Indian journal of veterinary science and animal husbandry - Volume 5,
Year: 1935
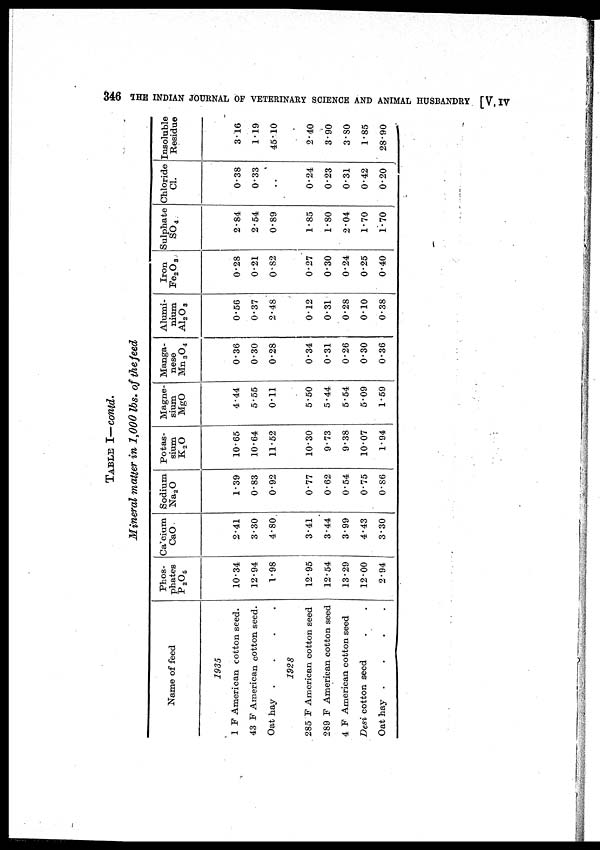
346
THE INDIAN JOURNAL OF VETERINARY SCIENCE AND ANIMAL HUSBANDRY [V, IV
TABLE I— contd.
Mineral matter in 1,000 lbs. of the feed
Name of feed
1935
1 F American cotton seed.
43 F American cotton seed.
Oat hay
.
.
.
.
1928
285 F American cotton seed
289 F American cotton seed
4 F American cotton seed
Desi cotton seed . .
Oat hay
.
.
.
.
Phos-
phates
p 2 O 5
10.34
12.94
1.98
12.95
12.54
13.29
12.00
2.94
Calcium
CaO
2.41
3.30
4.80
3.41
3.44
3.99
4.43
3.30
Sodium
Na 2 O
1.39
0.83
0.92
0.77
0.62
0.54
0.75
0.86
Potas-
sium
K 2 O
10.65
10.64
11.52
10.30
9.73
9.38
10.07
1.94
Magne-
sium
MgO
4.44
5.55
0.11
5.50
5.44
5.54
5.09
1.59
Manga-
nese
Mn 3 O 4
0.36
0.30
0.28
0.34
0.31
0.26
0.30
0.36
Alumi-
nium
Al 2 O 3
0.56
0.37
2.48
0.12
0.31
0.28
0.10
0.38
Iron
Fe 2 O 3
0.28
0.21
0.82
0.27
0.30
0.24
0.25
0.40
Sulphate
SO 4
2.84
2.54
0.89
1.85
1.80
2.04
1.70
1.70
Chloride
Cl.
0.38
0.33
. .
0.24
0.23
0.31
0.42
0.20
Insoluble
Residue
3.16
1.19
45.10
2.40
3.90
3.80
1.85
28.90